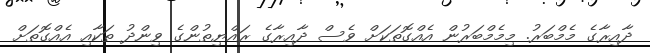
ދާއިރާގެ މެމްބަރު. މިމެމްބަރުން އެއްގޮތަކަށް ވެސް ދާއިރާގެ ރައްޔިތުންގެ ވިންދު ތަކާއި އެއްގޮތަށް